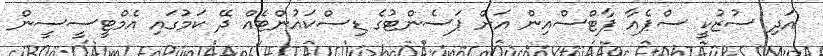
އަދި ސުޒުކީ ސްޕެއާ ޕާޓްސްއިން އަށް ޕަސެންޓުގެ ޑިސްކައުންޓެއް ދޭ ކަމުގައި އެމްޓީސީސީން